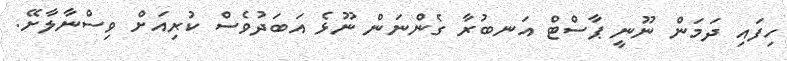
ހިފައި ދަމަން ނޫނީ ޕާސްޓް އަނބުރާ ގެންނަން ނޫޅެ އަބަދުވެސް ކުރިއަށް ވިސްނާލާށޭ.